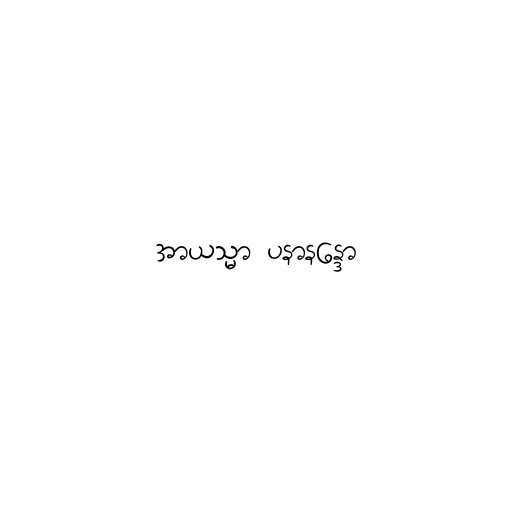
အာယသ္မာ ပနာနန္ဒော